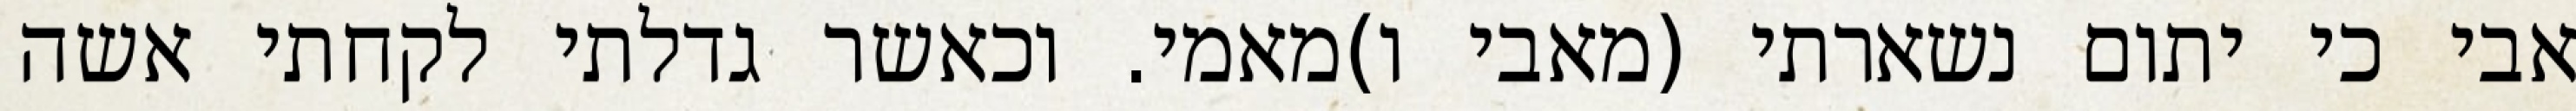
אבי כי יתום נשארתי (מאבי ו)מאמי. וכאשר גדלתי לקחתי אשה